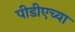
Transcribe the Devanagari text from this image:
पीडीएच्या